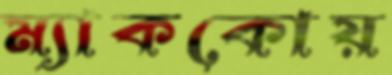
ম্যাককোয়